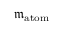
{ \mathfrak { m } } _ { \mathrm { a t o m } }